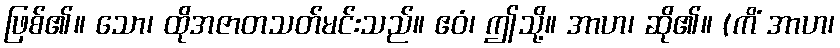
ဖြစ်၏။ သော၊ ထိုအဇာတသတ်မင်းသည်။ ဧဝံ၊ ဤသို့။ အာဟ၊ ဆို၏။ (ကိံ အာဟ၊